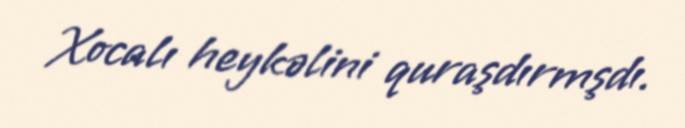
Xocalı heykəlini quraşdırmşdı.